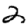
Digit: 2